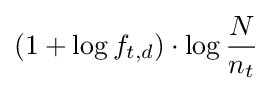
(1+\log f_{t,d})\cdot \log {\frac {N}{n_{t}}}